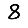
Digit: 8